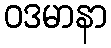
ဝဒမာနာ